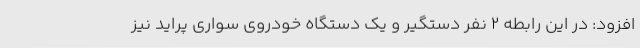
افزود: در این رابطه 2 نفر دستگیر و یک دستگاه خودروی سواری پراید نیز